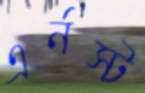
এর্নস্ট